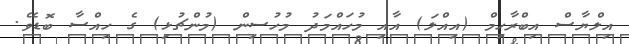
އިލްޔާސް އިބްރާހިމް (އިއްލަ) އާއި މުހައްމަދު މުހުސިން (މުންޗުޅި) ގެ ހިއްސާ ބޮޑެވެ.